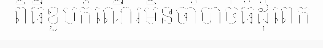
ពិធីខួបកំណើរមិនចាំបាច់ធំដុំពេក